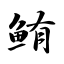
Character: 鲔